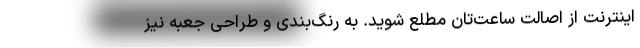
اینترنت از اصالت ساعت‌تان مطلع شوید. به رنگ‌بندی و طراحی جعبه‌ نیز